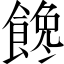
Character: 𩝎